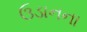
ઉડાનના